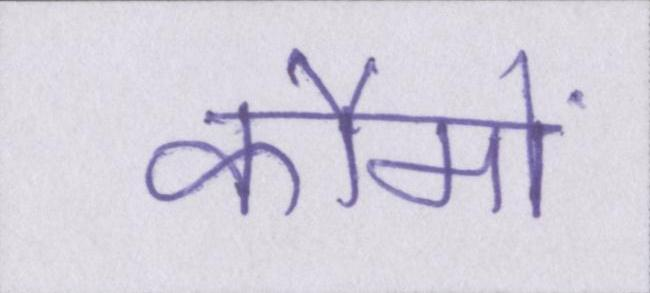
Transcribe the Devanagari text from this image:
कौमों